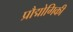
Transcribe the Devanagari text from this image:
प्रौद्मोगिकी